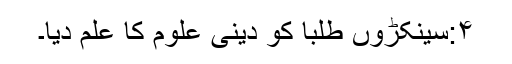
۴:سینکڑوں طلبا کو دینی علوم کا علم دیا۔